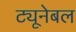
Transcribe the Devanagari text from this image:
ट्यूनेबल